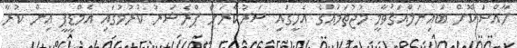
ހާއްސަކޮށް ބައިނަލްްއަޤުވާމީ މުޖުތަމަޢުގެ އެހީގައި ސަރުކާރަށް ޕްރެޝަރު ކުރުމުގައި އެމްޑީޕީ އިން ކުރާ